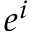
e ^ { i }